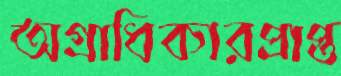
অগ্রাধিকারপ্রাপ্ত